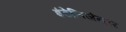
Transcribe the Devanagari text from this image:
इंटेलिजेन्सर